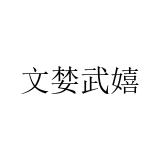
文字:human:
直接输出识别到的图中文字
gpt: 文婪武嬉